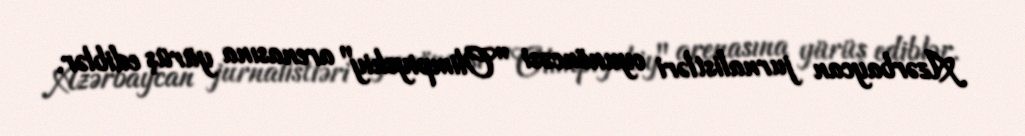
Azərbaycan jurnalistləri oyunöncəsi "Olimpiyskiy" arenasına yürüş ediblər.